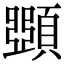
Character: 𩔡